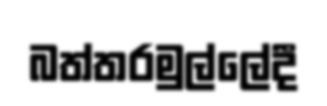
බත්තරමුල්ලේදී